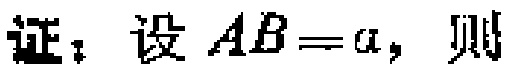
证：设\(AB = a\)，则